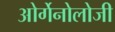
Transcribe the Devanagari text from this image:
ओर्गेनोलोजी